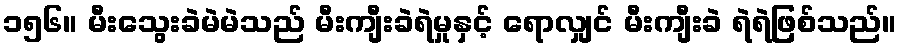
၁၅၆။ မီးသွေးခဲမဲမဲသည် မီးကျီးခဲရဲမှုနှင့် ရောလျှင် မီးကျီးခဲ ရဲရဲဖြစ်သည်။